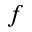
f